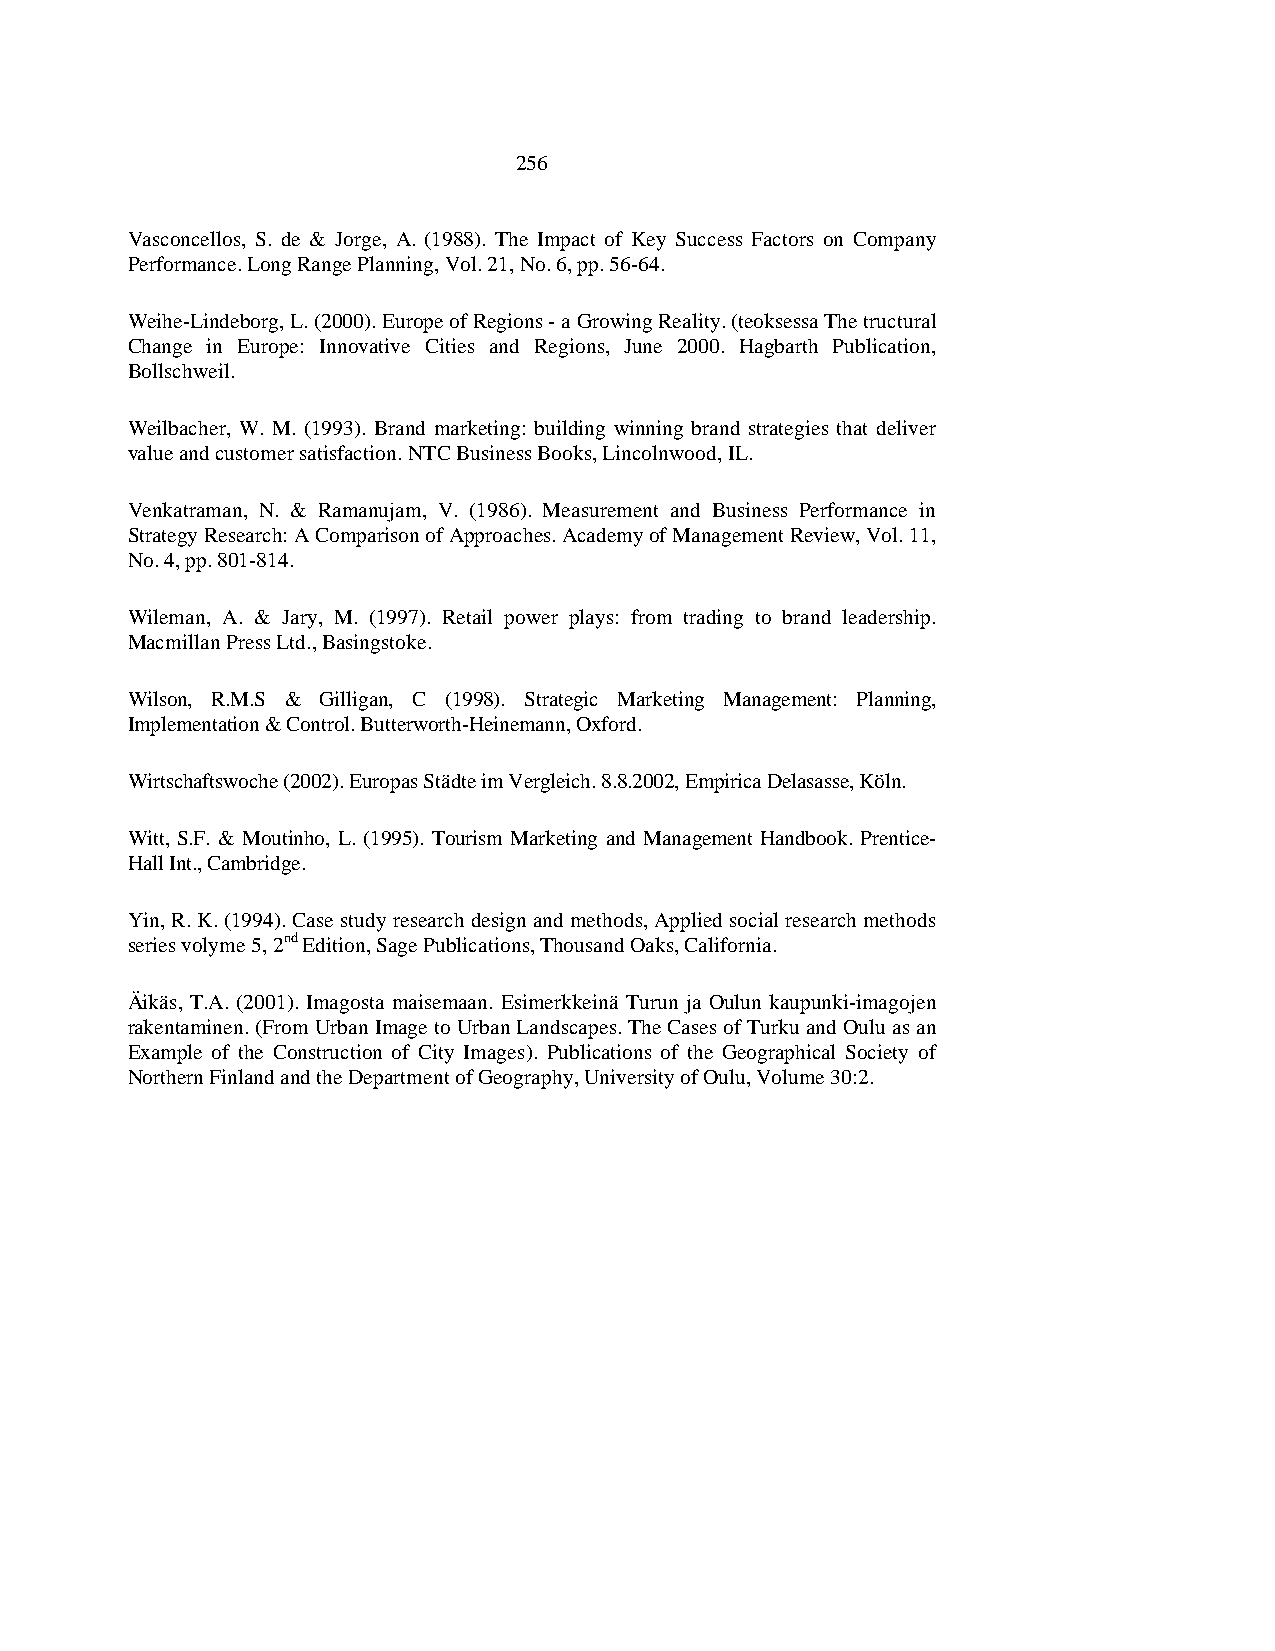
256
 Vasconcellos, S. de & Jorge, A. (1988). The Impact of Key Success Factors on Company
 Performance. Long Range Planning, Vol. 21, No. 6, pp. 56-64.
 Weihe-Lindeborg, L. (2000). Europe of Regions - a Growing Reality. (teoksessa The tructural
 Change in Europe: Innovative Cities and Regions, June 2000. Hagbarth Publication,
 Bollschweil.
 Weilbacher, W. M. (1993). Brand marketing: building winning brand strategies that deliver
 value and customer satisfaction. NTC Business Books, Lincolnwood, IL.
 Venkatraman, N. & Ramanujam, V. (1986). Measurement and Business Performance in
 Strategy Research: A Comparison of Approaches. Academy of Management Review, Vol. 11,
 No. 4, pp. 801-814.
 Wileman, A. & Jary, M. (1997). Retail power plays: from trading to brand leadership.
 Macmillan Press Ltd., Basingstoke.
 Wilson, R.M.S & Gilligan, C (1998). Strategic Marketing Management: Planning,
 Implementation & Control. Butterworth-Heinemann, Oxford.
 Wirtschaftswoche (2002). Europas Städte im Vergleich. 8.8.2002, Empirica Delasasse, Köln.
 Witt, S.F. & Moutinho, L. (1995). Tourism Marketing and Management Handbook. Prentice-
 Hall Int., Cambridge.
 Yin, R. K. (1994). Case study research design and methods, Applied social research methods
 series volyme 5, 2nd Edition, Sage Publications, Thousand Oaks, California.
 Äikäs, T.A. (2001). Imagosta maisemaan. Esimerkkeinä Turun ja Oulun kaupunki-imagojen
 rakentaminen. (From Urban Image to Urban Landscapes. The Cases of Turku and Oulu as an
 Example of the Construction of City Images). Publications of the Geographical Society of
 Northern Finland and the Department of Geography, University of Oulu, Volume 30:2.